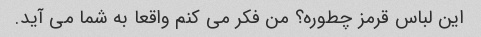
این لباس قرمز چطوره؟ من فکر می کنم واقعا به شما می آید.